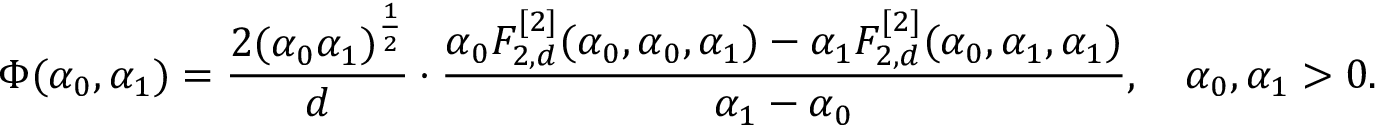
\Phi ( \alpha _ { 0 } , \alpha _ { 1 } ) = \frac { 2 ( \alpha _ { 0 } \alpha _ { 1 } ) ^ { \frac 1 2 } } { d } \cdot \frac { \alpha _ { 0 } F _ { 2 , d } ^ { [ 2 ] } ( \alpha _ { 0 } , \alpha _ { 0 } , \alpha _ { 1 } ) - \alpha _ { 1 } F _ { 2 , d } ^ { [ 2 ] } ( \alpha _ { 0 } , \alpha _ { 1 } , \alpha _ { 1 } ) } { \alpha _ { 1 } - \alpha _ { 0 } } , \quad \alpha _ { 0 } , \alpha _ { 1 } > 0 .